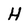
Character: H